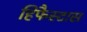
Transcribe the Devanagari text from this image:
हिफैस्टास